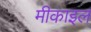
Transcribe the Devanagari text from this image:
मीकाइल